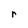
Character: r